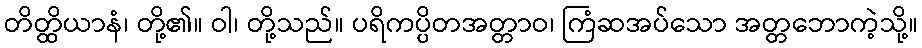
တိတ္ထိယာနံ၊ တို့၏။ ဝါ၊ တို့သည်။ ပရိကပ္ပိတအတ္တာဝ၊ ကြံဆအပ်သော အတ္တဘောကဲ့သို့။